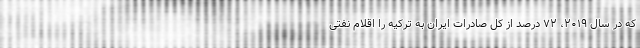
که در سال ۲۰۱۹، ۷۲ درصد از کل صادرات ایران به ترکیه را اقلام نفتی